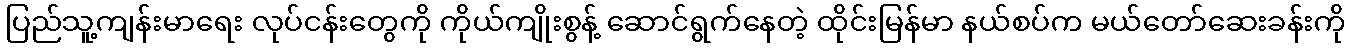
ပြည်သူ့ကျန်းမာရေး လုပ်ငန်းတွေကို ကိုယ်ကျိုးစွန့် ဆောင်ရွက်နေတဲ့ ထိုင်းမြန်မာ နယ်စပ်က မယ်တော်ဆေးခန်းကို